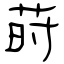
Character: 莳